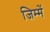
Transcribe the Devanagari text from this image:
जिम्में